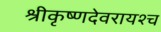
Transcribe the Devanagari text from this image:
श्रीकृष्णदेवरायश्च